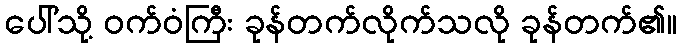
ပေါ်သို့ ဝက်ဝံကြီး ခုန်တက်လိုက်သလို ခုန်တက်၏။